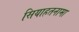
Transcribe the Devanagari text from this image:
सियाहतनामा